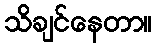
သိချင်နေတာ။